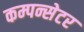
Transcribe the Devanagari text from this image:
कम्पन्सेटर